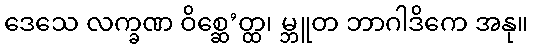
ဒေသေ လက္ခဏ ဝိစ္ဆေ’တ္ထ၊ မ္ဘူတ ဘာဂါဒိကေ အနု။